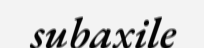
subaxile